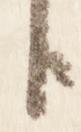
臣